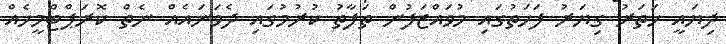
ދިޔައީ ހަތަރު ގިޔަރު ފަހަތުގައި މުވައްޒަފުން ތަފާތު ކުރުމުގައި ދެވަނައެއް ނެތް ކޮރަޕްޓްމީހެއް